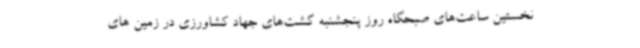
نخستین ساعت‌های صبحگاه روز پنجشنبه گشت‌های جهاد کشاورزی در زمین های